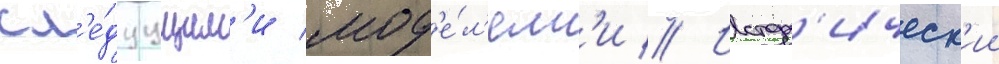
сл'е́дуущим'и мод'е́л'ям'и // Истор'ическ'ии